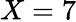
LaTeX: X=7